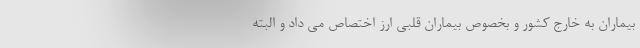
بیماران به خارج کشور و بخصوص بیماران قلبی ارز اختصاص می داد و البته